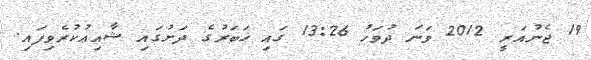
19 ޖެނުއަރީ 2012 ވަނަ ދުވަހު 13:26 ގައި ޚަބަރުގެ ދަށުގައި ޝާއިޢުކުރެވިފައި.